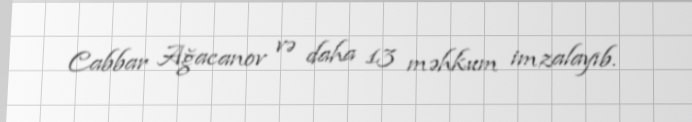
Cabbar Ağacanov və daha 13 məhkum imzalayıb.